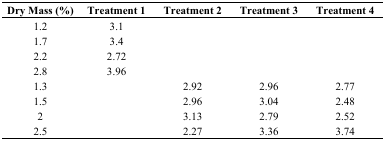
<table><thead><tr><td><b>Dry Mass (%)</b></td><td><b>Treatment 1</b></td><td><b>Treatment 2</b></td><td><b>Treatment 3</b></td><td><b>Treatment 4</b></td></tr></thead><tbody><tr><td>1.2</td><td>3.1</td><td></td><td></td><td></td></tr><tr><td>1.7</td><td>3.4</td><td></td><td></td><td></td></tr><tr><td>2.2</td><td>2.72</td><td></td><td></td><td></td></tr><tr><td>2.8</td><td>3.96</td><td></td><td></td><td></td></tr><tr><td>1.3</td><td></td><td>2.92</td><td>2.96</td><td>2.77</td></tr><tr><td>1.5</td><td></td><td>2.96</td><td>3.04</td><td>2.48</td></tr><tr><td>2</td><td></td><td>3.13</td><td>2.79</td><td>2.52</td></tr><tr><td>2.5</td><td></td><td>2.27</td><td>3.36</td><td>3.74</td></tr></tbody></table>